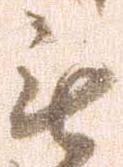
無